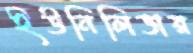
ইউনিলিভার